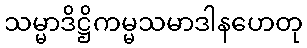
သမ္မာဒိဋ္ဌိကမ္မသမာဒါနဟေတု